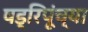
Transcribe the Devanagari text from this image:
षड्रिपूंच्या